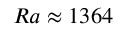
{ R a \approx 1 3 6 4 }